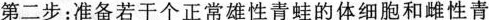
第二步：准备若干个正常雄性青蛙的体细胞和雌性青